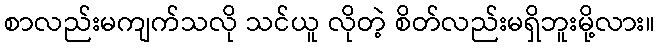
စာလည်းမကျက်သလို သင်ယူ လိုတဲ့ စိတ်လည်းမရှိဘူးမို့လား။